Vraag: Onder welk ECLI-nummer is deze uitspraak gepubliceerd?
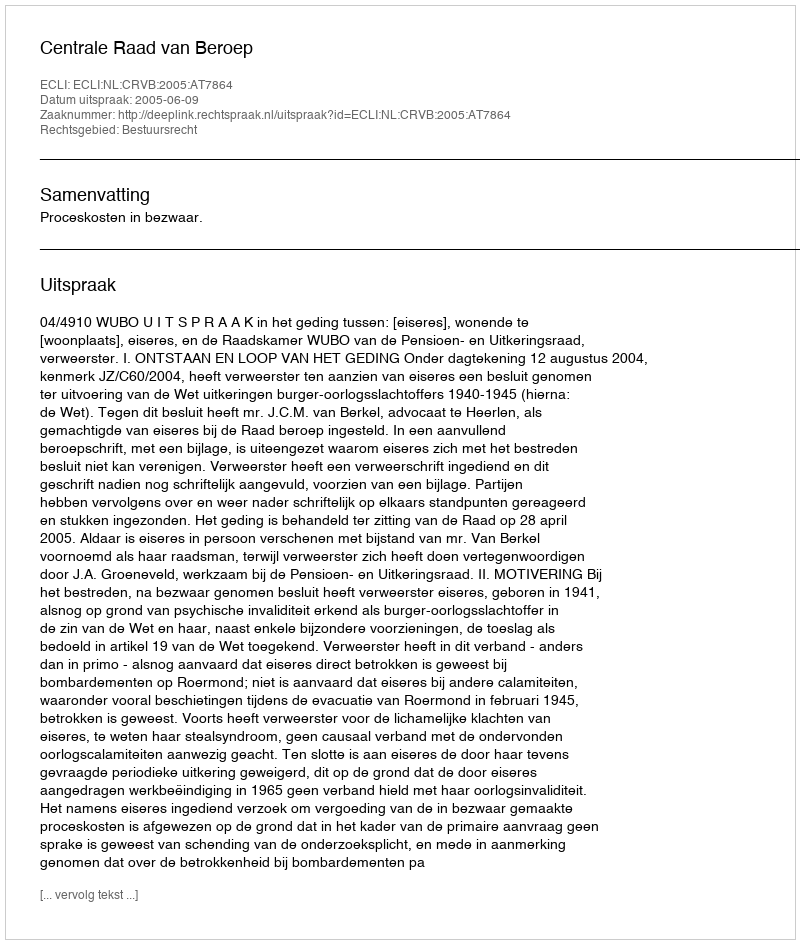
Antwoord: ECLI:NL:CRVB:2005:AT7864